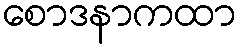
စောဒနာကထာ